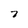
Character: 7